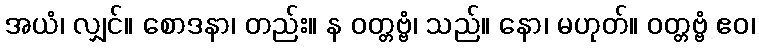
အယံ၊ လျှင်။ စောဒနာ၊ တည်း။ န ဝတ္တဗ္ဗံ၊ သည်။ နော၊ မဟုတ်။ ဝတ္တဗ္ဗံ ဧဝ၊